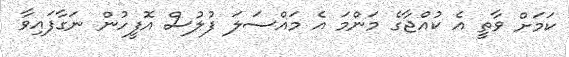
ކަމަށް ވާތީ އެ ކުއްޖާގެ މަންމަ އެ މައްސަލަ ފުލުސް އޮފީހުން ނަގާފައިވާ